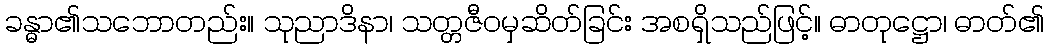
ခန္ဓာ၏သဘောတည်း။ သုညာဒိနာ၊ သတ္တဇီဝမှဆိတ်ခြင်း အစရှိသည်ဖြင့်။ ဓာတုဋ္ဌော၊ ဓာတ်၏